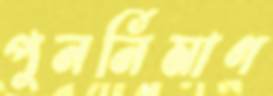
পুনর্নিমাণ